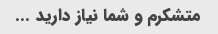
متشکرم و شما نیاز دارید ...